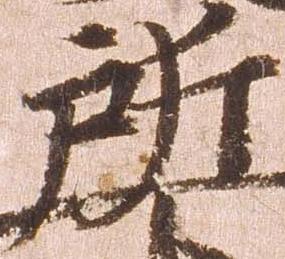
所